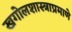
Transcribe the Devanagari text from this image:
खगोलशास्त्राप्रमाणे